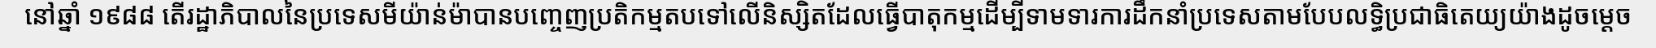
នៅឆ្នាំ ១៩៨៨ តើរដ្ឋាភិបាលនៃប្រទេសមីយ៉ាន់ម៉ាបានបញ្ចេញប្រតិកម្មតបទៅលើនិស្សិតដែលធ្វើបាតុកម្មដើម្បីទាមទារការដឹកនាំប្រទេសតាមបែបលទ្ធិប្រជាធិតេយ្យយ៉ាងដូចម្តេច